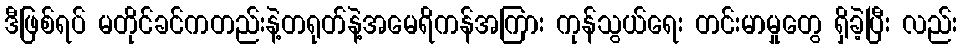
ဒီဖြစ်ရပ် မတိုင်ခင်ကတည်းနဲ့တရုတ်နဲ့အမေရိကန်အကြား ကုန်သွယ်ရေး တင်းမာမှုတွေ ရှိခဲ့ပြီး လည်း